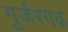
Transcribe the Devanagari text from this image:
गुर्जरगढ